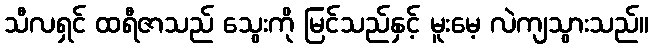
သီလရှင် ထရီဇာသည် သွေးကို မြင်သည်နှင့် မူးမေ့ လဲကျသွားသည်။